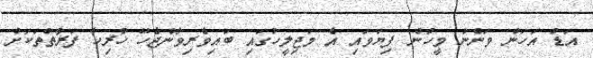
އަޑު އަހަން ވަންނަ މީހުން ފިޔަވައި އެ މަޖިލީހުގައި ބައިވެރިވާންޖެހޭ ހުރިހާ ފަރާތްތަކަށް